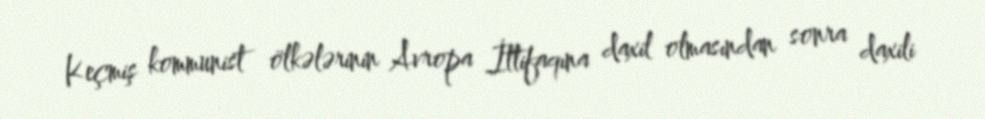
Keçmiş kommunist ölkələrinin Avropa İttifaqına daxil olmasından sonra daxili